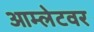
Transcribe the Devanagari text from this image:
आम्लेटवर